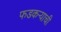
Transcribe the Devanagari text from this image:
फडकऱ्याची